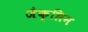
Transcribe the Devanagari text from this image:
जैक्लिन